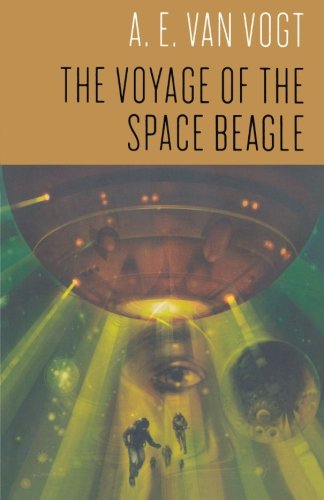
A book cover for The Voyage of the Space Beagle; A. E. van Vogt; Science Fiction & Fantasy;